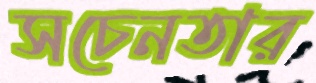
সচেনতার